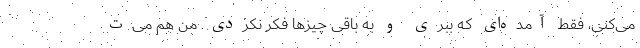
می‌کنی، فقط آمده‌ای که ببری و به باقی چیزها فکر نکردی. من هم می‌ت